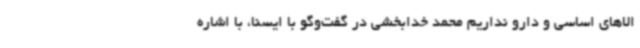
الاهای اساسی و دارو نداریم محمد خدابخشی در گفت‌وگو با ایسنا، با اشاره